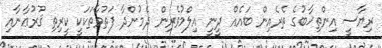
ރިޔާސީ އިންތިޚާބުގެ ތެރެއިން ބައެއް ދީނީ އިލްމުވެރިން ދެމުންދާ ފަތުވާތަކަކީ ކީރިތި ޤުރުޢާނާއި